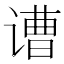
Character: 𲂓